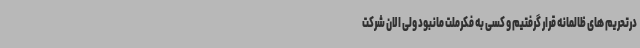
درتحریم های ظالمانه قرار گرفتیم و کسی به فکرملت مانبود ولی الان شرکت